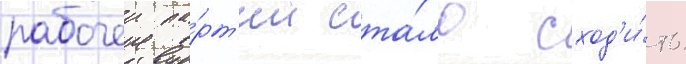
рабочеи па́рт'ии ста́ло сход'и́ть